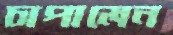
চাপালেন